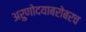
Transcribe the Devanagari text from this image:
अरुणोदयाबरोबरच